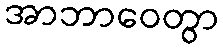
အာဘာဝေတွာ